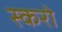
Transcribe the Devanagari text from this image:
स्करो